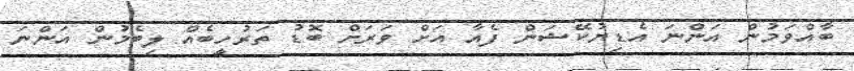
ބާއްވަމުން އަންނަ އެޑިޔުކޭޝަން ފެއާ އަށް ވަރަށް ބޮޑު ތަރުހީބެއް ލިބެމުން އަންނަ